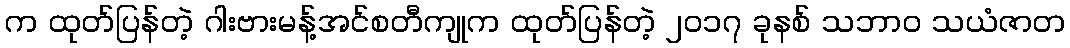
က ထုတ်ပြန်တဲ့ ဂါးဗားမန့်အင်စတီကျုက ထုတ်ပြန်တဲ့ ၂၀၁၇ ခုနစ် သဘာဝ သယံဇာတ